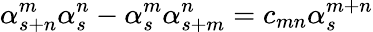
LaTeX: \alpha_{s+n}^{m}\alpha_{s}^{n}-\alpha_{s}^{m}\alpha_{s+m}^{n}=c_{mn}\alpha_{s}^{m+n}